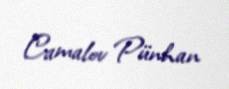
Camalov Pünhan